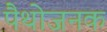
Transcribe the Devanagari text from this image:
पैथोजनक